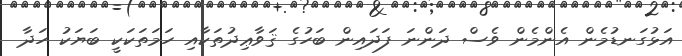
އަޅުގަނޑުމެން އެންމެން ވެސް ދަންނަ ފަދައިން ބަހުގެ ޤަވާޢިދުތަކާއި ހަމަތަކަކީ ބަޔަކު ހަދާ